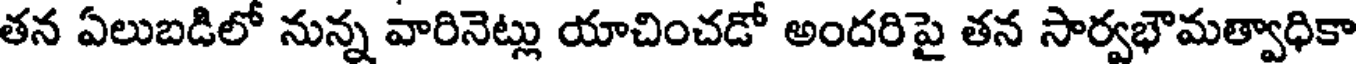
తన ఏలుబడిలో నున్న వారినెట్లు యాచించడో అందరిపై తన సార్వభౌమత్వాధికా